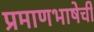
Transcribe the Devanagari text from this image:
प्रमाणभाषेची